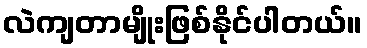
လဲကျတာမျိုးဖြစ်နိုင်ပါတယ်။